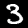
Digit: 3